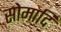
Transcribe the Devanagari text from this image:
सोमादि